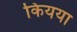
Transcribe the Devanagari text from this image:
कियया